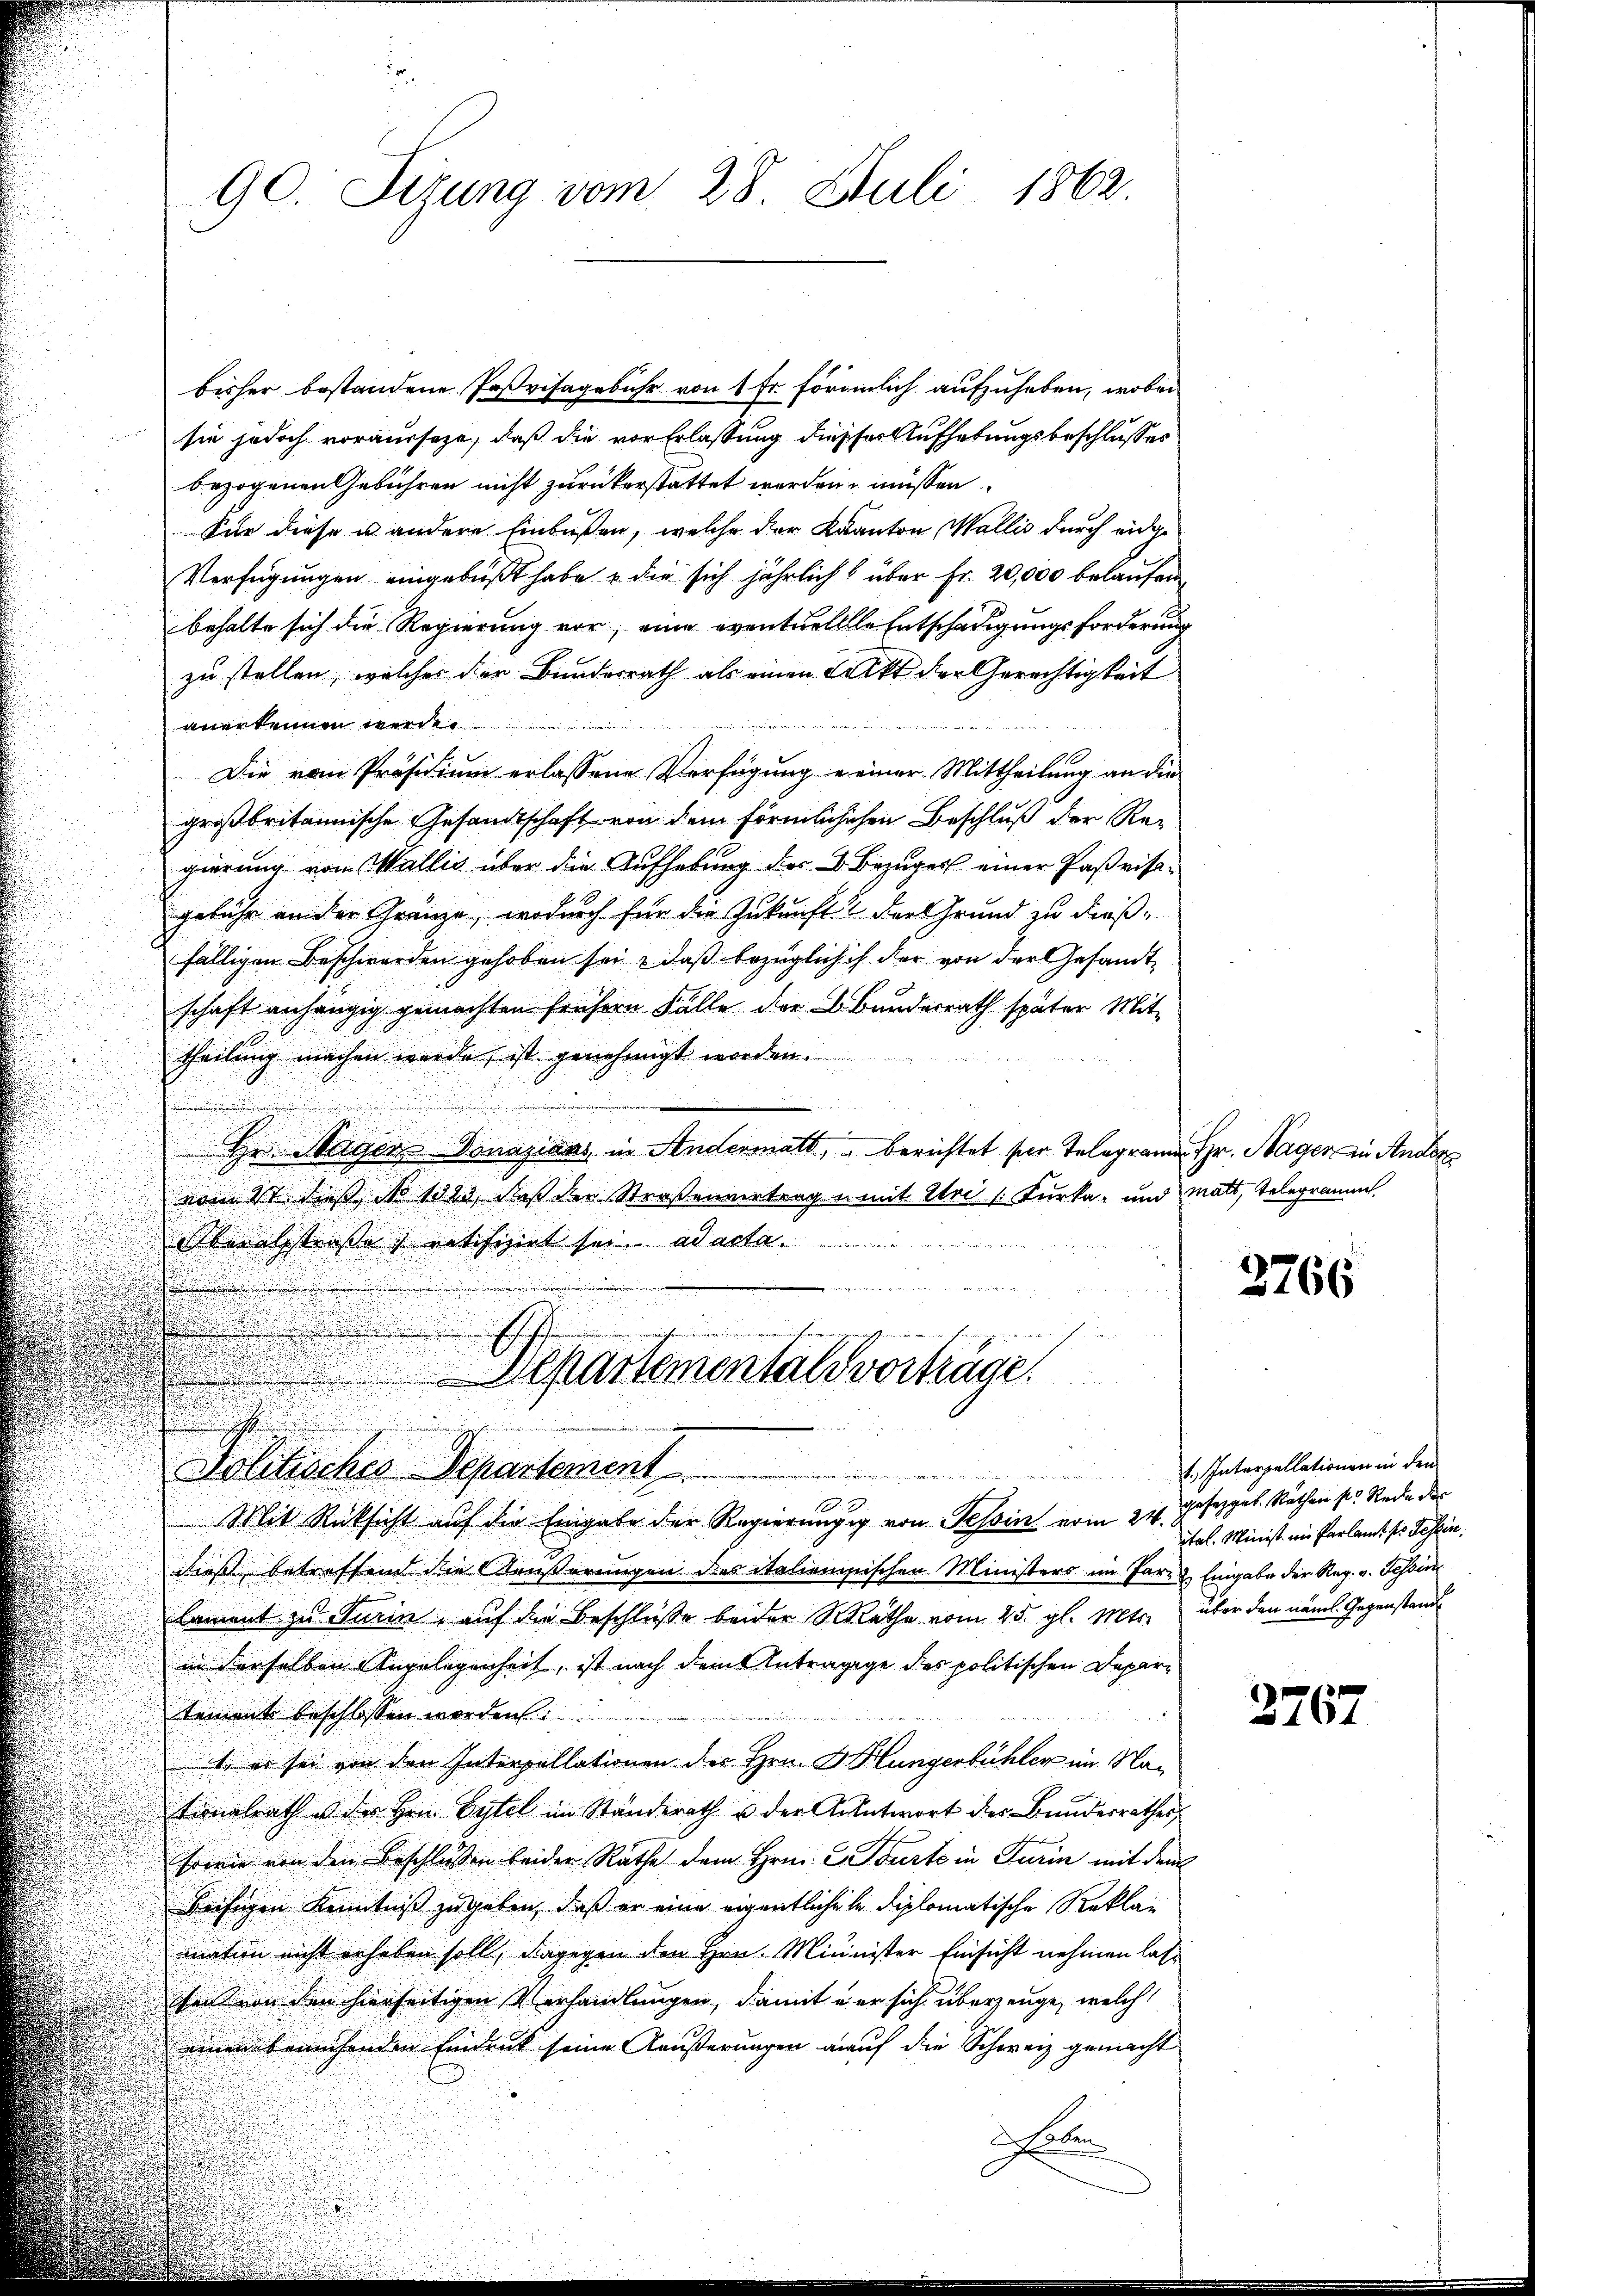
bisher bestandene Paßvisagebühr von 1 fr förmlich aufzuheben, wobei
sie jedoch voraussage, daß die vor Erlassung diesser Aufhebungsbeschlusses
bezogenen Gebühren nicht zurückerstattet werden müssen.
Für diese u. andere Einbüßen, welche der Kanton Wallis durch eidge
Verfügungen eingebüßt habe die sich jährlich über Fr. 20,000 belaufen,
behalte sich die Regierung vor, eine eventuelllle Entschädigungsforderung
zu stellen, welcher der Bundesrath als einen Tritt der Gerechtigkeit
anerkennen werde.
Die vom Präsidium erlassene Verfügung einer Mittheilung an die
großbritannische Gesandtschaft von dem förmlichschen Beschluß der Regierung von Wallis über die Aufhebung des B. Bezuger einer Paßrisagebühr ain der Gränze, wodurch für die Zukunft. Der Grund zu dießfälligen Beschwerden gehoben sei, daß bezüglich ich der von der Gesandtschaft anhängig gemachten frühern Fälle der L. Bundesrath später Mit-
theilung machen werde, ist genehmigt worden.
.
Die Hagen Donazians in Andermatt, berichtet ser Telegrammen Hr. Hager zu Ander
vom 2t dieß No 1323, daß der Straßenvertrag u. mit Uri (Furka und Matt, Telegramm
Oberalsstraße s ratifizirt sei ad acta
 Bedenen ist der die

hingenen
Separtementals vortrage.
 Interpellationen in den
Politisches Departement
Mit Rücksicht auf die Eingabe der Regierungig von Tessin vom 24. Joseppel. Räthen pr. Rede der
dieß, betreffend die Aeußerungen dies italienischen Ministers im Far- & Eingabe der Reg. v. Tessin
lament zu Turin, auf die Beschluße beider SRäthe vom 25. gl. Mts. über den näms Gegenstand
in derselben Angelegenheit, ist nach dem Anträgige des politischen Depar¬
Rement beschlossen worden
1, er sei von den Interpellationen der Hrn. G. Hungerbühler im Nationalrath u der Hrn. Gytel im Ständerath u der Antwort der Bundesrathes
seine von den Beschlossen beider Rathe dem Hrn. Courto in Turin mit dem
Beifügen Kenntniß zugeben, daß er eine eigentlichele diplomatische Reklamation nicht erheben soll, dagegen den Hrn. Minister Einsicht nehmen lass
gen von den hierseitigen Verhandlungen, damit in er sich überzeuge, welch
einen bemühenden Eindruck seine Äusserungen auf die Schweiz gemacht
Saben

d

90. Sizung vom 28. Juli 1862.

2766

ital. Minist im Parlamt ses Tessin

2767